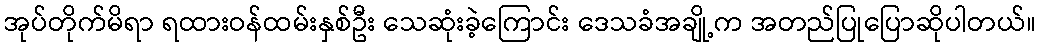
အုပ်တိုက်မိရာ ရထားဝန်ထမ်းနှစ်ဦး သေဆုံးခဲ့ကြောင်း ဒေသခံအချို့က အတည်ပြုပြောဆိုပါတယ်။